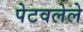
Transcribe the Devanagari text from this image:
पेटवलेले